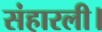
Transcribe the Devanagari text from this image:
संहारली।